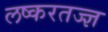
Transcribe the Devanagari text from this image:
लष्करतज्ज्ञ